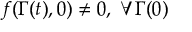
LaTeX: f ( \Gamma ( t ) , 0 ) \neq 0 , \; \forall \Gamma ( 0 )